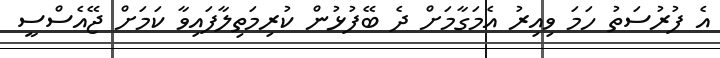
އެ ފުރުސަތު ހަމަ ވިއިރު އެމަގާމަށް ދެ ބޭފުޅުން ކުރިމަތިލާފައިވާ ކަމަށް ޖޭއެސްސީ